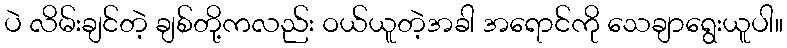
ပဲ လိမ်းချင်တဲ့ ချစ်တို့ကလည်း ဝယ်ယူတဲ့အခါ အရောင်ကို သေချာရွေးယူပါ။